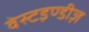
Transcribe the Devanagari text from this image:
वेस्टइण्डीज़